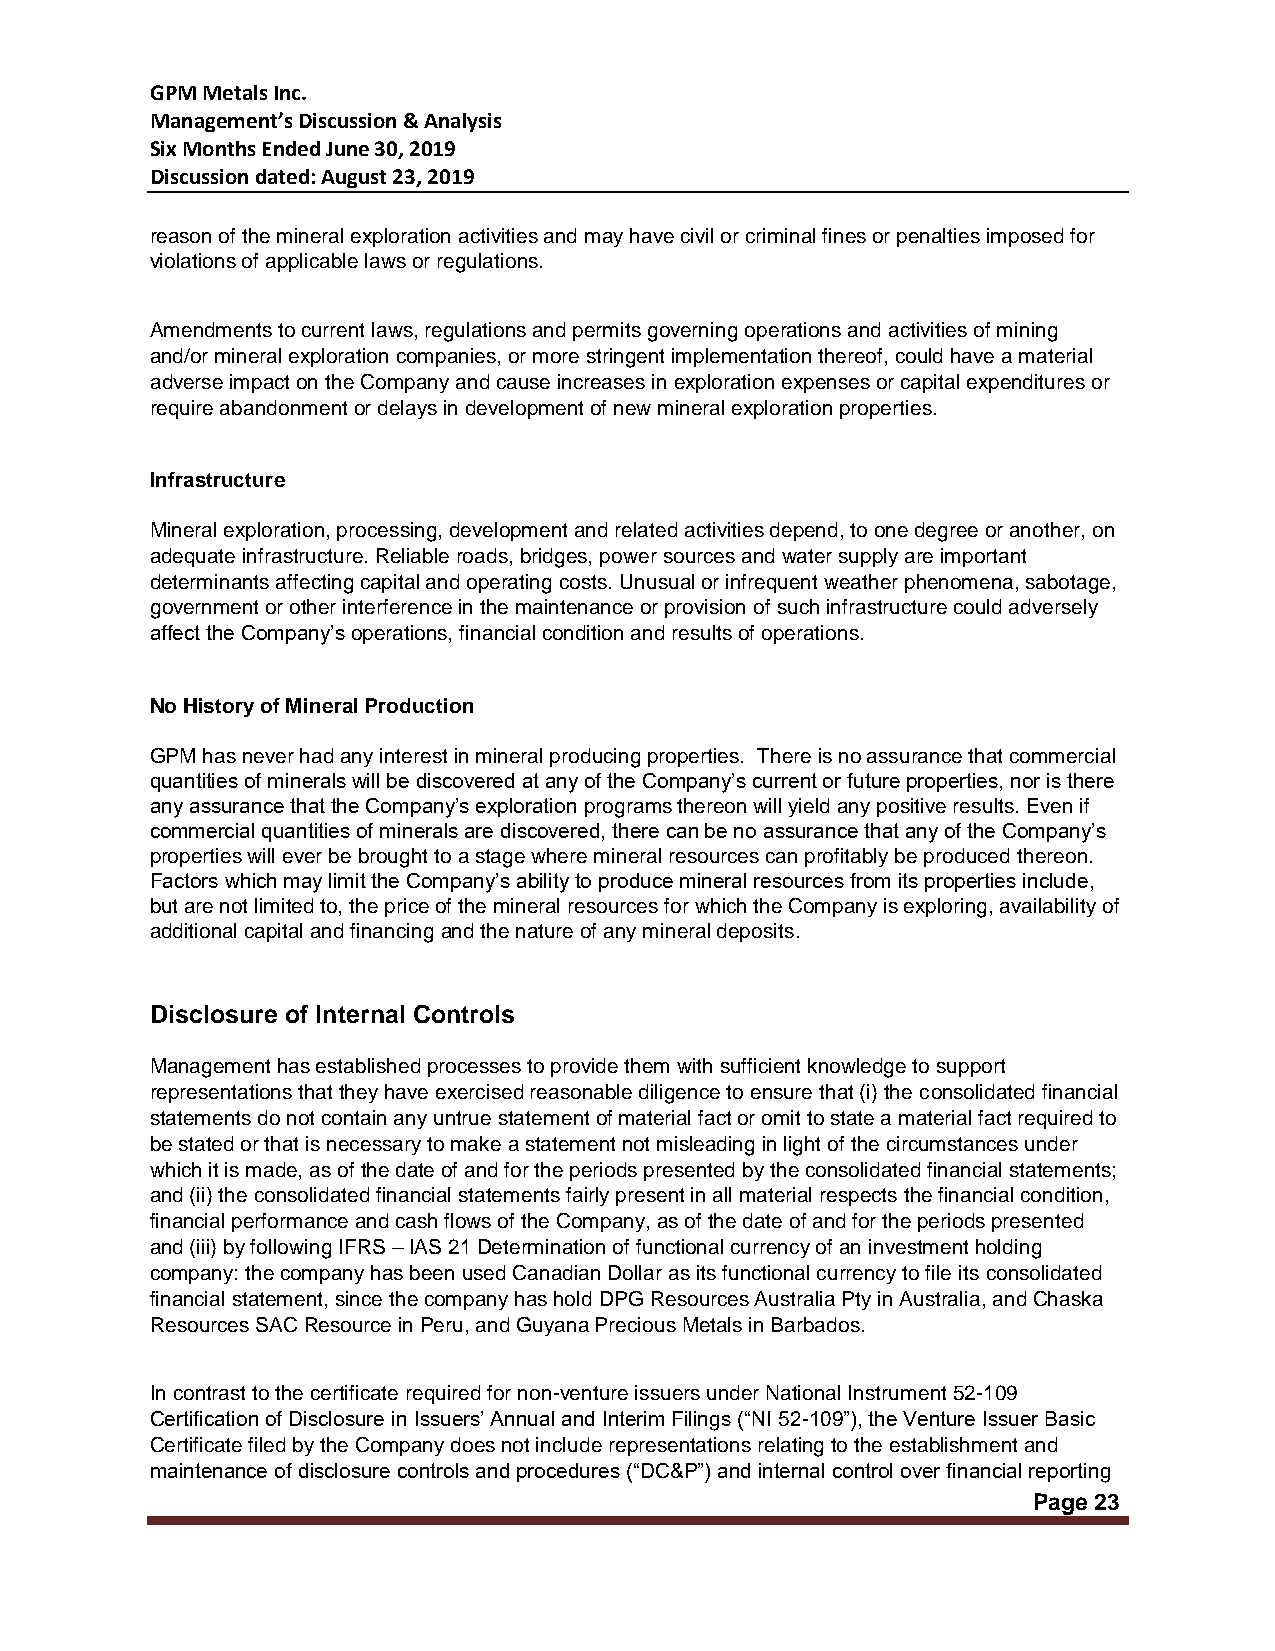
GPM Metals Inc.
 Management’s Discussion & Analysis
 Six Months Ended June 30, 2019
 Discussion dated: August 23, 2019
 reason of the mineral exploration activities and may have civil or criminal fines or penalties imposed for
 violations of applicable laws or regulations.
 Amendments to current laws, regulations and permits governing operations and activities of mining
 and/or mineral exploration companies, or more stringent implementation thereof, could have a material
 adverse impact on the Company and cause increases in exploration expenses or capital expenditures or
 require abandonment or delays in development of new mineral exploration properties.
 Infrastructure
 Mineral exploration, processing, development and related activities depend, to one degree or another, on
 adequate infrastructure. Reliable roads, bridges, power sources and water supply are important
 determinants affecting capital and operating costs. Unusual or infrequent weather phenomena, sabotage,
 government or other interference in the maintenance or provision of such infrastructure could adversely
 affect the Company’s operations, financial condition and results of operations.
 No History of Mineral Production
 GPM has never had any interest in mineral producing properties. There is no assurance that commercial
 quantities of minerals will be discovered at any of the Company’s current or future properties, nor is there
 any assurance that the Company’s exploration programs thereon will yield any positive results. Even if
 commercial quantities of minerals are discovered, there can be no assurance that any of the Company’s
 properties will ever be brought to a stage where mineral resources can profitably be produced thereon.
 Factors which may limit the Company’s ability to produce mineral resources from its properties include,
 but are not limited to, the price of the mineral resources for which the Company is exploring, availability of
 additional capital and financing and the nature of any mineral deposits.
 Disclosure of Internal Controls
 Management has established processes to provide them with sufficient knowledge to support
 representations that they have exercised reasonable diligence to ensure that (i) the consolidated financial
 statements do not contain any untrue statement of material fact or omit to state a material fact required to
 be stated or that is necessary to make a statement not misleading in light of the circumstances under
 which it is made, as of the date of and for the periods presented by the consolidated financial statements;
 and (ii) the consolidated financial statements fairly present in all material respects the financial condition,
 financial performance and cash flows of the Company, as of the date of and for the periods presented
 and (iii) by following IFRS – IAS 21 Determination of functional currency of an investment holding
 company: the company has been used Canadian Dollar as its functional currency to file its consolidated
 financial statement, since the company has hold DPG Resources Australia Pty in Australia, and Chaska
 Resources SAC Resource in Peru, and Guyana Precious Metals in Barbados.
 In contrast to the certificate required for non-venture issuers under National Instrument 52-109
 Certification of Disclosure in Issuers’ Annual and Interim Filings (“NI 52-109”), the Venture Issuer Basic
 Certificate filed by the Company does not include representations relating to the establishment and
 maintenance of disclosure controls and procedures (“DC&P”) and internal control over financial reporting
 Page 23